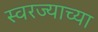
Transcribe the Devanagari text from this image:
स्वरज्याच्या